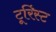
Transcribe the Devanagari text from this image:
टूरिंस्ट